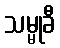
သမ္မုခီ